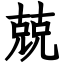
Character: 兢